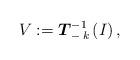
LaTeX: \begin{align*}V := \boldsymbol{T}_{- \, k}^{-1}\left( I \right),\end{align*}